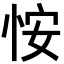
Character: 𪫲